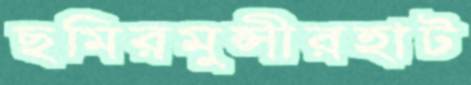
ছমিরমুন্সীরহাট